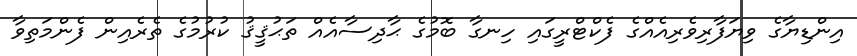
އިންޑިޔާގެ ވިޔަފާރިވެރިއެއްގެ ފެކްޓްރީގައި ހިނގާ ބޮމުގެ ޙާދިސާއެއް ތަޙުޤީޤު ކުރުމުގެ ތެރެއިން ފެންމަތިވާ